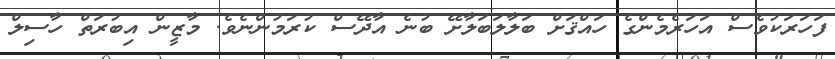
ފަހަރަކުވެސް އަހަރެމެންގެ ހައްޤަށް ބަލާލަބަލާށޭ ބުނެ އާދޭސް ކުރަމުންނެވެ. މާޒީން އިބުރަތް ހާސިލް